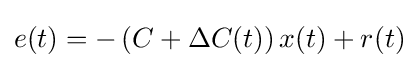
e(t)=-\left(C+\Delta C(t)\right)x(t)+r(t)